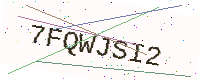
Text: 7FQWJSI2